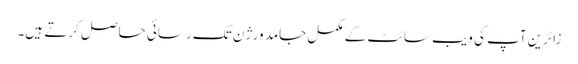
زائرین آپ کی ویب سائٹ کے مکمل جامد ورژن تک رسائی حاصل کرتے ہیں۔